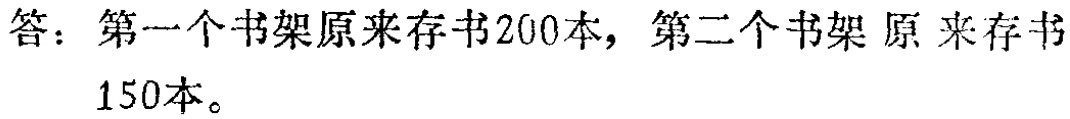
答：第一个书架原来存书200本，第二个书架原来存书150本。